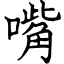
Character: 嘴